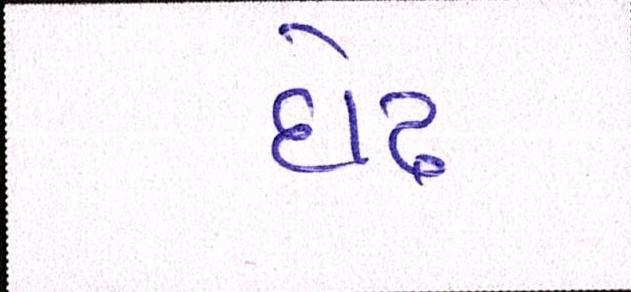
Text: દોઢ